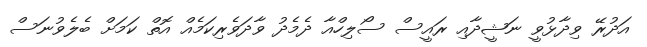
އަދުރޭ ވިދާޅުވީ ނަޝީދާއި ރައީސް ސޯލިހްއާ ދެމެދު ވާދަވެރިކަމެއްް އޮތް ކަމަށް ބެލެވުނަސް